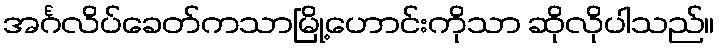
အင်္ဂလိပ်ခေတ်ကသာမြို့ဟောင်းကိုသာ ဆိုလိုပါသည်။